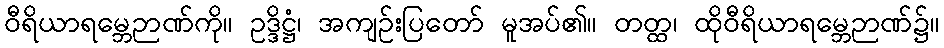
ဝီရိယာရမ္ဘေဉာဏ်ကို။ ဥဒ္ဒိဋ္ဌံ၊ အကျဉ်းပြတော် မူအပ်၏။ တတ္ထ၊ ထိုဝီရိယာရမ္ဘေဉာဏ်၌။